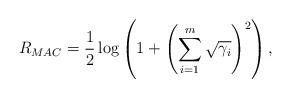
LaTeX: \begin{align*}R_{MAC}= \frac{1}{2}\log\left(1 + \left(\sum_{i=1}^m \sqrt{\gamma_i}\right)^2\right),\end{align*}